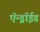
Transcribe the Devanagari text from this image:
ऍन्ड्रॉईड